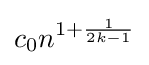
c_{0}n^{1+{\frac {1}{2k-1}}}